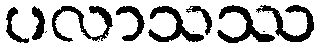
ပလာသဿ